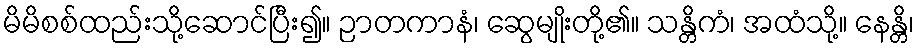
မိမိစစ်ထည်းသို့ဆောင်ပြီး၍။ ဉာတကာနံ၊ ဆွေမျိုးတို့၏။ သန္တိကံ၊ အထံသို့။ နေန္တိ၊